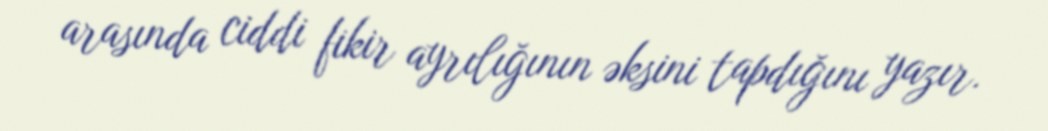
arasında ciddi fikir ayrılığının əksini tapdığını yazır.